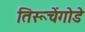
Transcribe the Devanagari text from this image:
तिरूचेंगोडे